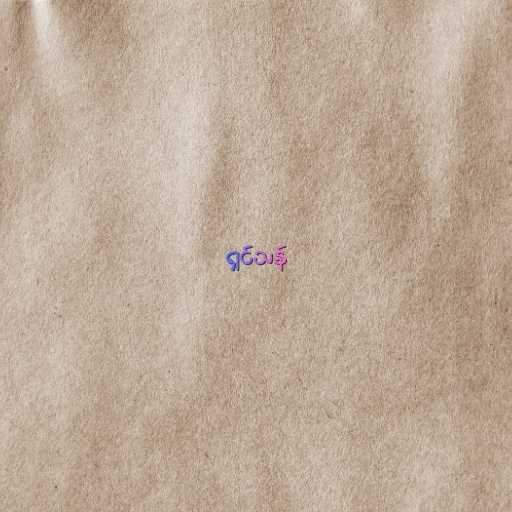
ရှင်သန်